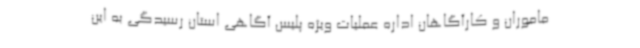
ماموران و کارآگاهان اداره عملیات ویژه پلیس آگاهی استان رسیدگی به این